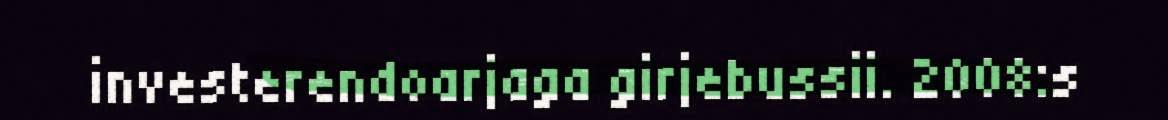
investerendoarjaga girjebussii. 2008:s